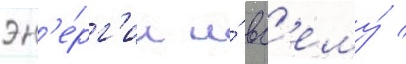
эн'е́рг'ии и́ вс'ему́ /